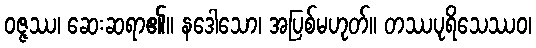
ဝဇ္ဇဿ၊ ဆေးဆရာ၏။ နဒေါသော၊ အပြစ်မဟုတ်။ တဿပုရိသေဿဝ၊